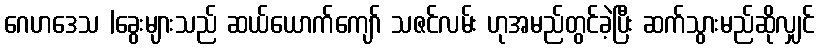
ဂေဟဒေသ |ခွေးများသည် ဆယ်ယောက်ကျော် သဇင်လမ်း ဟုအမည်တွင်ခဲ့ပြီး ဆက်သွားမည်ဆိုလျှင်